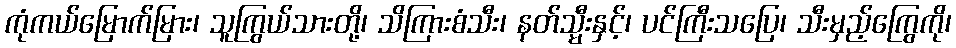
ကုံကယ်မြောက်မြား၊ သူကြွယ်သားတို့၊ သိကြားစံသီး၊ နတ်သ္မီးနှင့်၊ ပင်ကြီးသပြေ၊ သီးမှည့်ကြွေကို၊